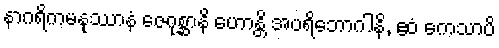
နာဂရိကမနုဿာနံ ဇေဂုစ္ဆာနိ ဟောန္တိ အပရိဘောဂါနိ, ဧဝံ ကေသာပိ